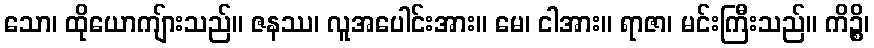
သော၊ ထိုယောကျ်ားသည်။ ဇနဿ၊ လူအပေါင်းအား။ မေ၊ ငါအား။ ရာဇာ၊ မင်းကြီးသည်။ ကိဉ္စိ၊